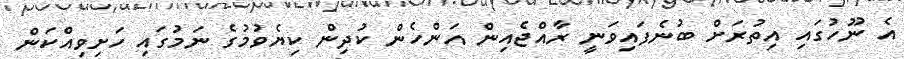
އެ ނޫހުގައި އިތުރަށް ބުނެފައިވަނީ ރާއްޖެއިން އަންހެން ކުދިން ކިޔެވުމުގެ ނަމުގައި ހަށިވިއްކަން